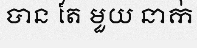
បាន តែ មួយ នាក់